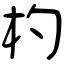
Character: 杓